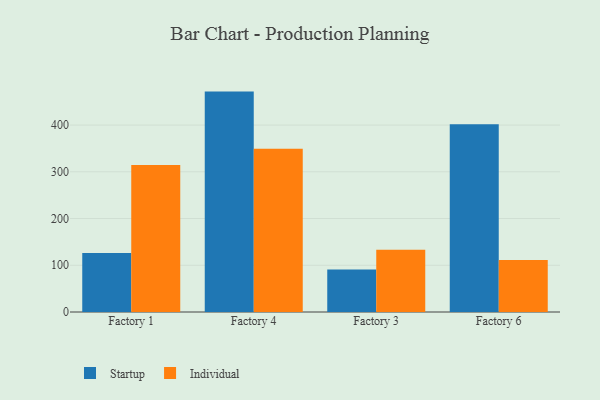
{"axis": {"x": "Factory", "y": "Energy Usage (MWh)"}, "legend": ["Individual", "Startup"], "data": [{"x": "Factory 1", "y": 126.1, "type": "Startup"}, {"x": "Factory 1", "y": 314.4, "type": "Individual"}, {"x": "Factory 4", "y": 471.6, "type": "Startup"}, {"x": "Factory 4", "y": 349.2, "type": "Individual"}, {"x": "Factory 3", "y": 90.8, "type": "Startup"}, {"x": "Factory 3", "y": 133.3, "type": "Individual"}, {"x": "Factory 6", "y": 401.7, "type": "Startup"}, {"x": "Factory 6", "y": 111.1, "type": "Individual"}]}